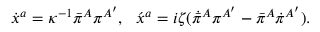
\dot { x } { } ^ { a } = \kappa ^ { - 1 } \bar { \pi } { } ^ { A } \pi ^ { A ^ { \prime } } , \, \, \, \, \acute { x } { } ^ { a } = i \zeta ( \dot { \bar { \pi } } { } ^ { A } \pi ^ { A ^ { \prime } } - \bar { \pi } { } ^ { A } \dot { \pi } { } ^ { A ^ { \prime } } ) .